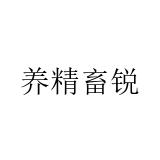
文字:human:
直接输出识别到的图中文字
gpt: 养精畜锐